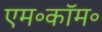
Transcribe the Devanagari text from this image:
एम॰कॉम॰